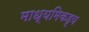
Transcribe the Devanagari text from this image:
माध्यमिकहृय